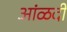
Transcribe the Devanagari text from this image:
आंळदी